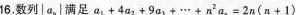
16.数列│a，|满足a1+4a2+9a3+…+n2a=2n(n+1)